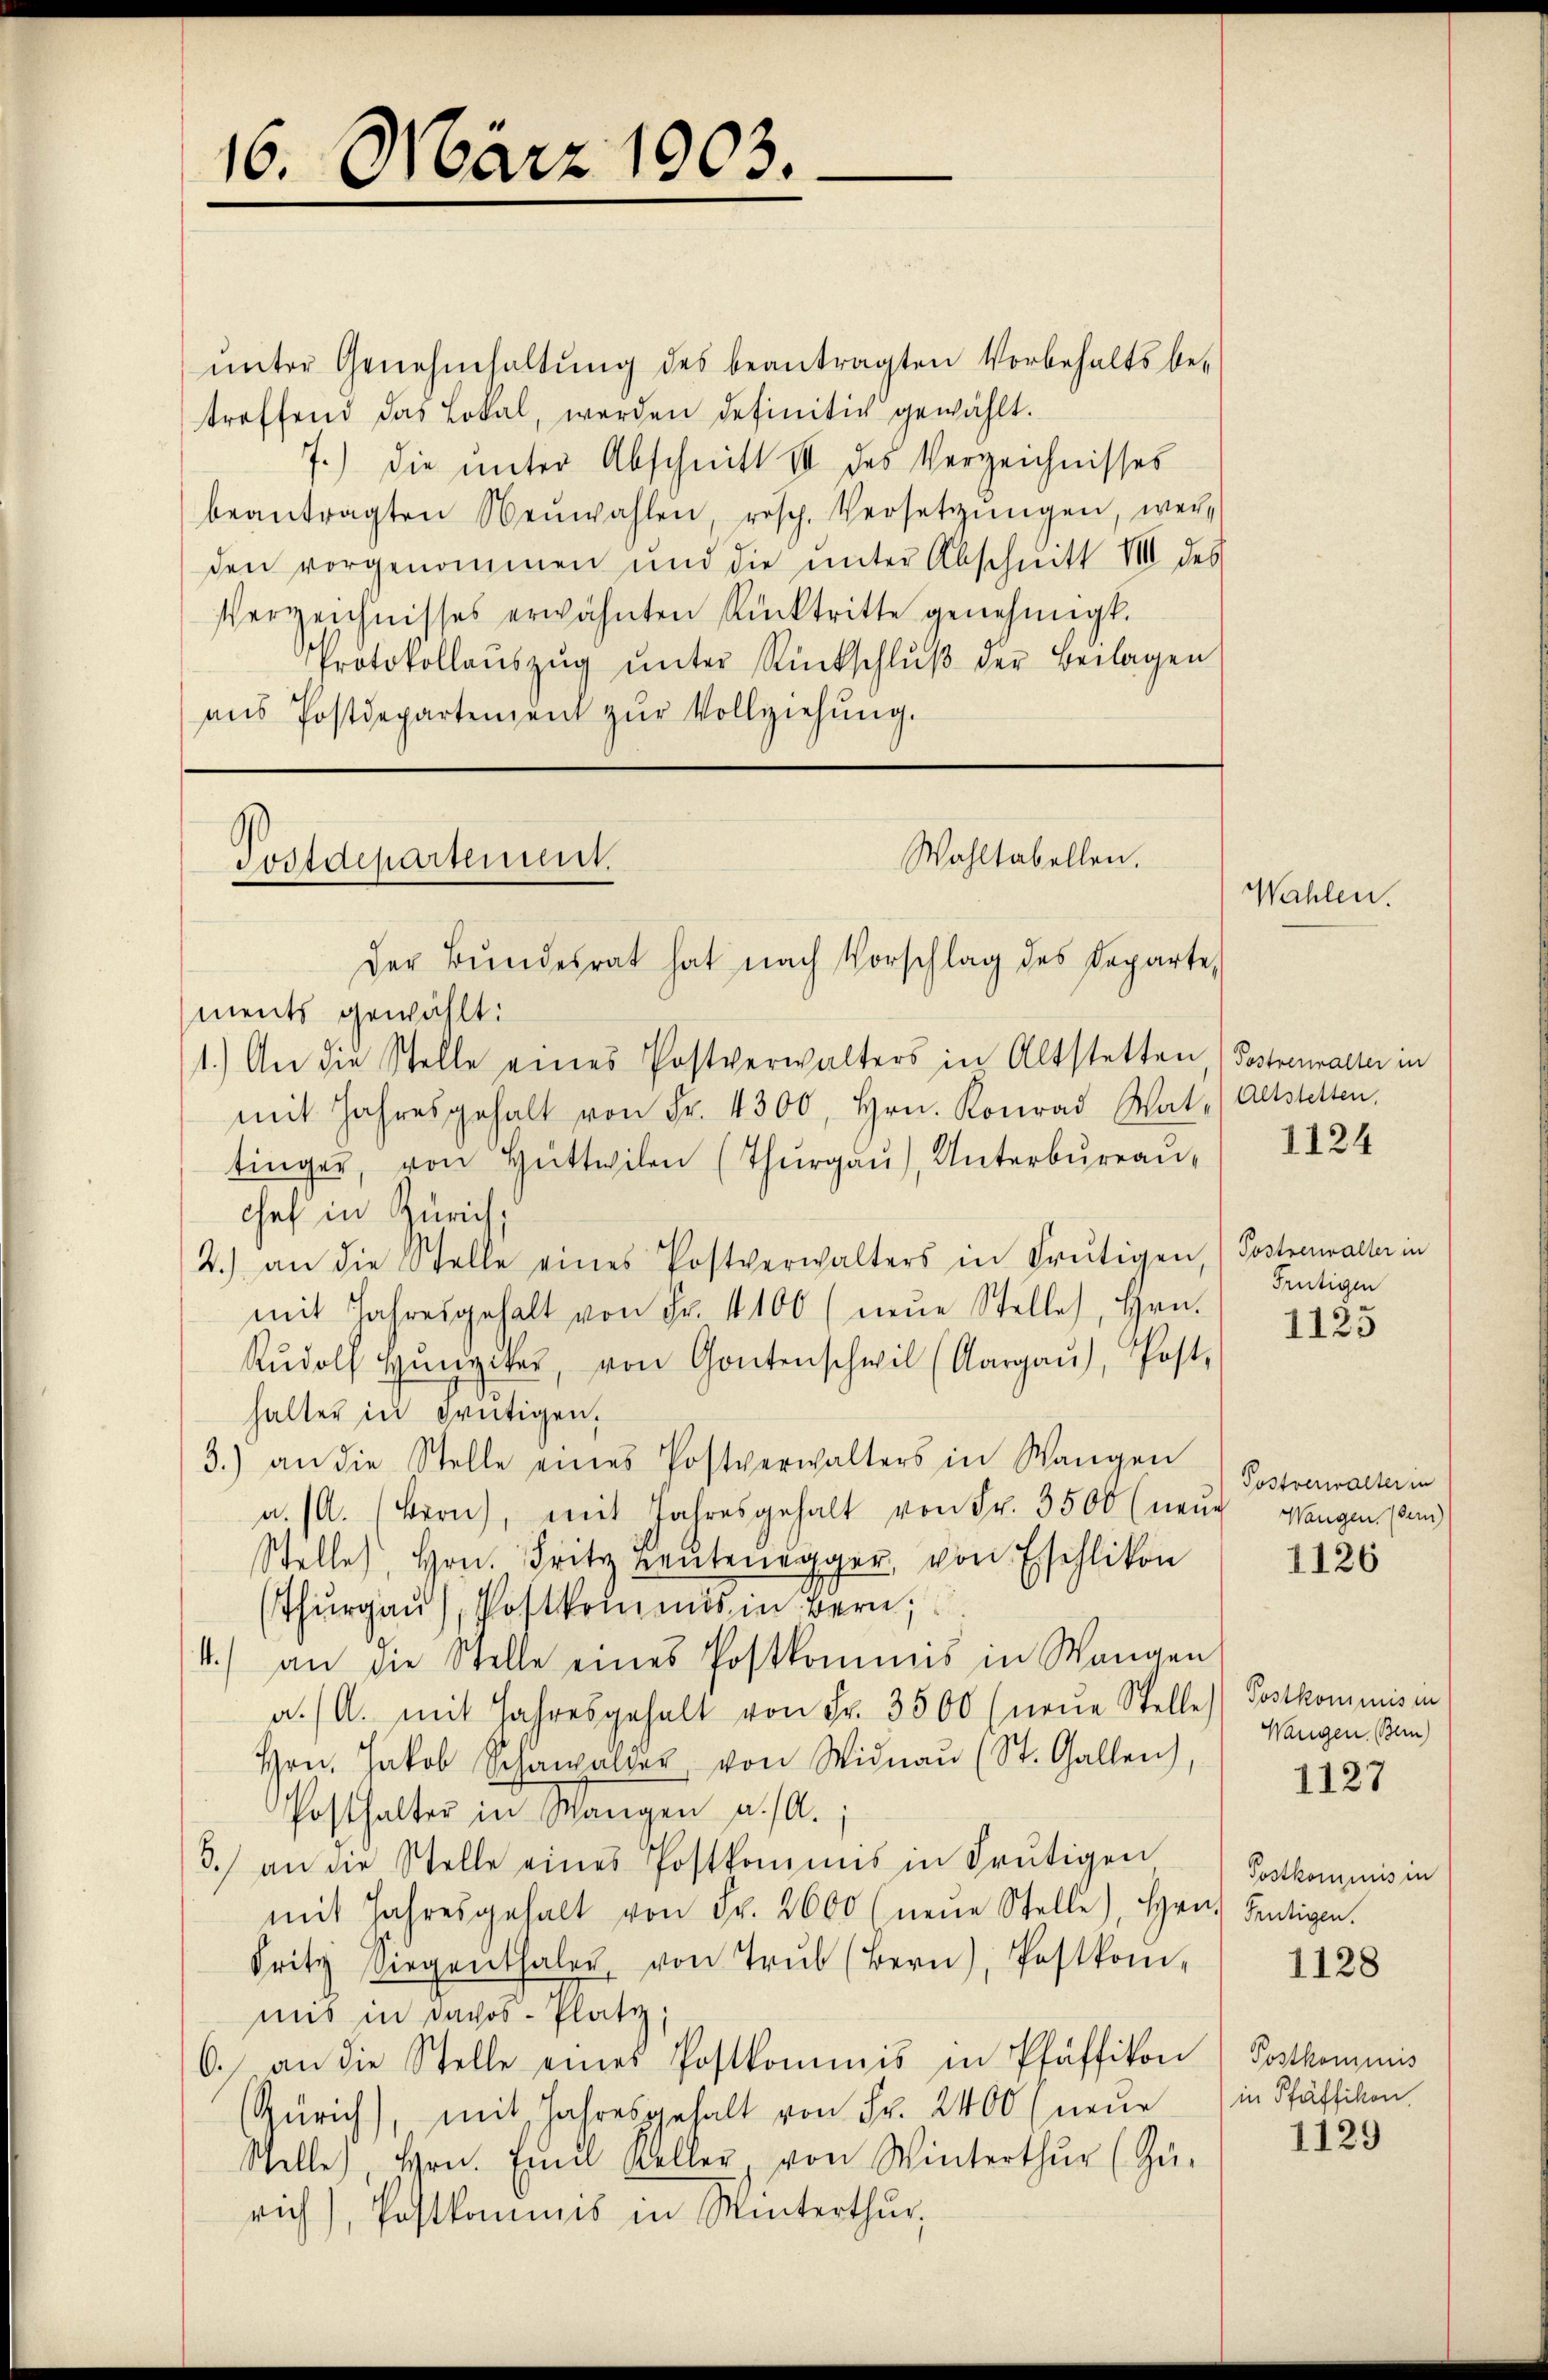
16. März 1903.

ŭnter Genehmhaltung des beantragten Vorbehaltsbe-
treffend das Lokal, werden definitiv gewählt.
7.) Die unter Abschnitt II des Verzeichnisses
beantragten Neŭwahlen, resp. Versetzŭngen, wer-
den vorgenommen und die ŭnter Abschnitt VIII des
Verzeichnisses erwähnten Rücktritte genehmigt.
Protokollaŭszŭg ŭnter Rückschlŭβ der Beilagen
ans Postdepartenzent zŭr Vollziehŭng.

Postdepartement.

Wahltabellen.
der Bundesrat hat nach Vorschlag des Departe,

ments gewählt:
1.) An die Stelle eines Postverwalters in Altstetten (Postrennante in
mit Jahresgehalt von Fr. 4300, Hrn. Konrad Wat (Altstetten.
tinger, von Hüttwilen (Thurgau), Unterbureau¬
Chef in Zürich,
2.) an die Stelle eines Postverwalters in Frutigen,
mit Jahresgehalt von Fr. 4100 (neŭe Stelle, Hrn.
Rŭdolf Hunziker, von Gontenschwil (Aargaŭ), Post,
halter in Brütigen,
3.) an die Stelle eines Postverwalters in Wangen
a. (A. (Bron, mit Jahresgehalt von Fr. 3500 (neŭe
Stelle, Hrn. Fritz neŭtenegger, von Eschlikon
(Thurgau), Postkommis in Bern,
4.) an die Stelle eines Postkommis in Wangen
a./A. mit Jahresgehalt von Fr. 3500 (neue Stelle Postkommnis in
Hrn. Jakob Schwalder, von Widnaŭ (St. Gallen),
Posthalter in Wangen a. A.
3.) an die Stelle eines Postkommis in Frutigen
mit Jahresgehalt von Fr. 2600 (neŭe Stelle), Hrn. Fertigen.
Fritz Siegenthaler, von Trŭb (Bern), Postkom-
mis in Davos- Platz,
6. an die Stelle eines Postkommnis in Pfäffikon
Zürich), mit Jahresgehalt von Fr. 2400 (neue in Pfäffikon
Stelle, Hrn. Emil Keller von Winterthur (Zü-
rich), Postkommis in Winterthur,

Wahlen.

1124

Postverwalter in
Frutigen

1125

Postverwalter in
Wangen, (der)

1126

Wangen, Bern)
1127

Postkommis in

1128

Postkommnis

1129